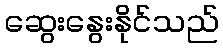
ဆွေးနွေးနိုင်သည်